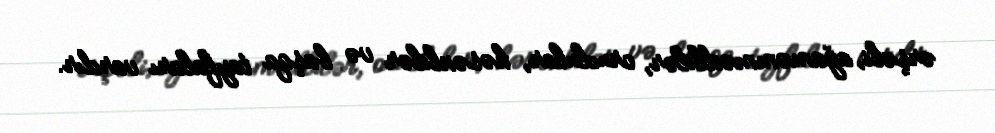
ərşəli, ağaməmmədlilər, oruclular, həsənlilər və başqa tayfaları vardır.